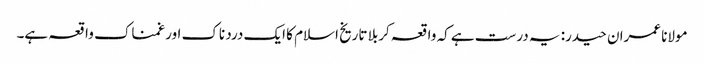
مولانا عمران حیدر: یہ درست ہے کہ واقعہ کربلا تاریخ اسلام کا ایک درد ناک اور غمناک واقعہ ہے۔